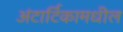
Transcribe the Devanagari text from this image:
अंटार्टिकामधील